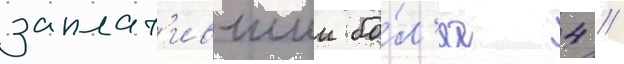
заплат'ившии бо́л'ее 4 /